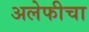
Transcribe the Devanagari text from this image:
अलेफीचा